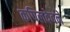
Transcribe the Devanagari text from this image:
कपिलदेवने